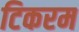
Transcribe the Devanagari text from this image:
टिकरम